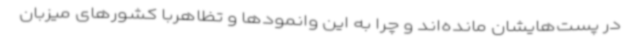
در پست‌هایشان مانده‌اند و چرا به این وانمودها و تظاهربا کشورهای میزبان